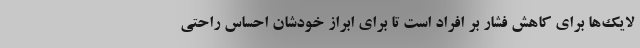
لایک‌ها برای کاهش فشار بر افراد است تا برای ابراز خودشان احساس راحتی